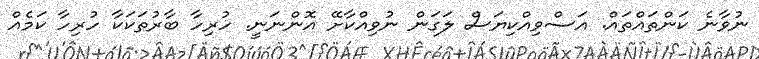
ނުވާނެ ކަންތައްތައް. އަސްވިއްކިޔަސް ލަގަން ނުވިއްކާށޭ އޮންނަނީ. ހުރިހާ ބާރުތަކަކާ ހުރިހާ ކަމެއް